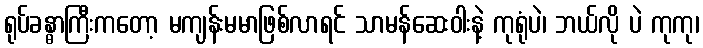
ရုပ်ခန္ဓာကြီးကတော့ မကျန်းမမာဖြစ်လာရင် သာမန်ဆေးဝါးနဲ့ ကုရုံပဲ၊ ဘယ်လို ပဲ ကုကု၊